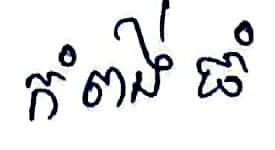
កំពង់ធំ